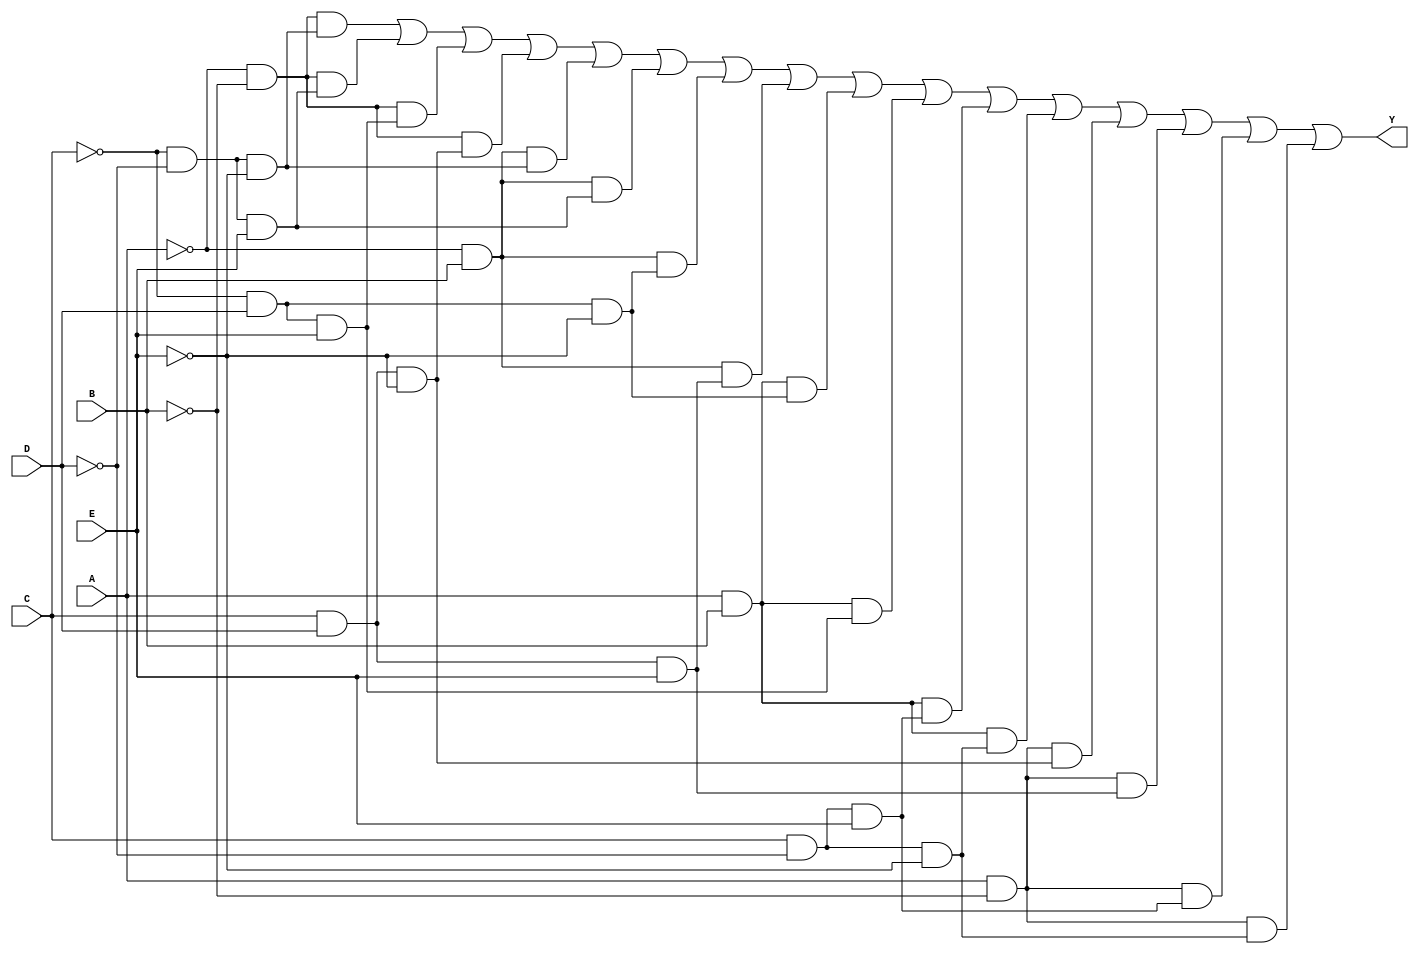
module five_variable_kmap (
    input wire A,  // Input variable A
    input wire B,  // Input variable B
    input wire C,  // Input variable C
    input wire D,  // Input variable D
    input wire E,  // Input variable E
    output wire Y  // Output Y
);

// Internal signals for the K-map
wire AB0 = ~A & ~B; // 00
wire AB1 = ~A & B;  // 01
wire AB2 = A & B;   // 11
wire AB3 = A & ~B;  // 10

wire CD0 = ~C & ~D & ~E; // 000
wire CD1 = ~C & ~D & E;  // 001
wire CD2 = ~C & D & ~E;  // 011
wire CD3 = ~C & D & E;   // 010
wire CD4 = C & D & ~E;   // 110
wire CD5 = C & D & E;    // 111
wire CD6 = C & ~D & E;   // 101
wire CD7 = C & ~D & ~E;  // 100

// K-map output logic based on the specific minterms
assign Y = ( (AB0 & CD0) | (AB0 & CD1) | (AB0 & CD3) | (AB0 & CD4) | 
             (AB1 & CD0) | (AB1 & CD1) | (AB1 & CD2) | (AB1 & CD5) | 
             (AB2 & CD2) | (AB2 & CD3) | (AB2 & CD6) | (AB2 & CD7) | 
             (AB3 & CD4) | (AB3 & CD5) | (AB3 & CD6) | (AB3 & CD7) );

endmodule